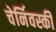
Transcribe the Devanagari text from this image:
चेर्निवस्की